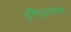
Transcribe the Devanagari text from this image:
भूमिपूजनानंतर